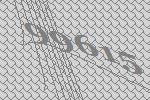
99615